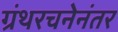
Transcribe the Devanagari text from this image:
ग्रंथरचनेनंतर